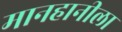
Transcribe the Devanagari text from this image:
मानहानीला